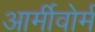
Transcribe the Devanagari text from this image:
आर्मीवोर्म